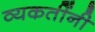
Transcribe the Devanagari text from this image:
व्यकतींनी